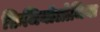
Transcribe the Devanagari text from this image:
फ़िजियॉलोजिया